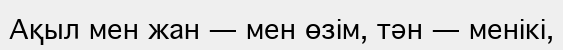
Ақыл мен жан — мен өзім, тән — менікі,